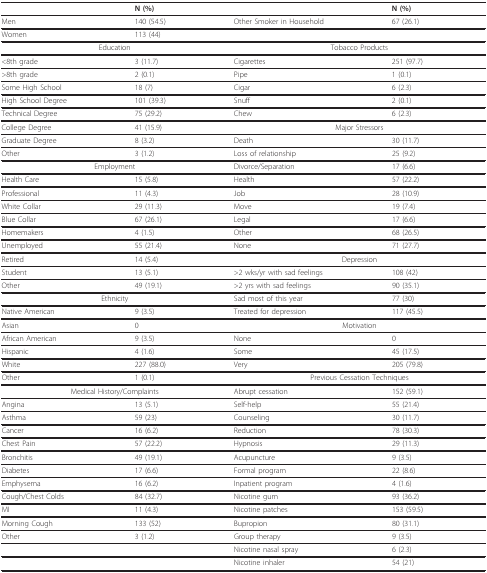
<table><thead><tr><td></td><td><b>N (%)</b></td><td></td><td><b>N (%)</b></td></tr></thead><tbody><tr><td>Men</td><td>140 (54.5)</td><td>Other Smoker in Household</td><td>67 (26.1)</td></tr><tr><td>Women</td><td>113 (44)</td><td></td><td></td></tr><tr><td colspan="2">Education</td><td colspan="2">Tobacco Products</td></tr><tr><td>&lt;8th grade</td><td>3 (11.7)</td><td>Cigarettes</td><td>251 (97.7)</td></tr><tr><td>&gt;8th grade</td><td>2 (0.1)</td><td>Pipe</td><td>1 (0.1)</td></tr><tr><td>Some High School</td><td>18 (7)</td><td>Cigar</td><td>6 (2.3)</td></tr><tr><td>High School Degree</td><td>101 (39.3)</td><td>Snuff</td><td>2 (0.1)</td></tr><tr><td>Technical Degree</td><td>75 (29.2)</td><td>Chew</td><td>6 (2.3)</td></tr><tr><td>College Degree</td><td>41 (15.9)</td><td colspan="2">Major Stressors</td></tr><tr><td>Graduate Degree</td><td>8 (3.2)</td><td>Death</td><td>30 (11.7)</td></tr><tr><td>Other</td><td>3 (1.2)</td><td>Loss of relationship</td><td>25 (9.2)</td></tr><tr><td colspan="2">Employment</td><td>Divorce/Separation</td><td>17 (6.6)</td></tr><tr><td>Health Care</td><td>15 (5.8)</td><td>Health</td><td>57 (22.2)</td></tr><tr><td>Professional</td><td>11 (4.3)</td><td>Job</td><td>28 (10.9)</td></tr><tr><td>White Collar</td><td>29 (11.3)</td><td>Move</td><td>19 (7.4)</td></tr><tr><td>Blue Collar</td><td>67 (26.1)</td><td>Legal</td><td>17 (6.6)</td></tr><tr><td>Homemakers</td><td>4 (1.5)</td><td>Other</td><td>68 (26.5)</td></tr><tr><td>Unemployed</td><td>55 (21.4)</td><td>None</td><td>71 (27.7)</td></tr><tr><td>Retired</td><td>14 (5.4)</td><td colspan="2">Depression</td></tr><tr><td>Student</td><td>13 (5.1)</td><td>&gt;2 wks/yr with sad feelings</td><td>108 (42)</td></tr><tr><td>Other</td><td>49 (19.1)</td><td>&gt;2 yrs with sad feelings</td><td>90 (35.1)</td></tr><tr><td colspan="2">Ethnicity</td><td>Sad most of this year</td><td>77 (30)</td></tr><tr><td>Native American</td><td>9 (3.5)</td><td>Treated for depression</td><td>117 (45.5)</td></tr><tr><td>Asian</td><td>0</td><td colspan="2">Motivation</td></tr><tr><td>African American</td><td>9 (3.5)</td><td>None</td><td>0</td></tr><tr><td>Hispanic</td><td>4 (1.6)</td><td>Some</td><td>45 (17.5)</td></tr><tr><td>White</td><td>227 (88.0)</td><td>Very</td><td>205 (79.8)</td></tr><tr><td>Other</td><td>1 (0.1)</td><td colspan="2">Previous Cessation Techniques</td></tr><tr><td colspan="2">Medical History/Complaints</td><td>Abrupt cessation</td><td>152 (59.1)</td></tr><tr><td>Angina</td><td>13 (5.1)</td><td>Self-help</td><td>55 (21.4)</td></tr><tr><td>Asthma</td><td>59 (23)</td><td>Counseling</td><td>30 (11.7)</td></tr><tr><td>Cancer</td><td>16 (6.2)</td><td>Reduction</td><td>78 (30.3)</td></tr><tr><td>Chest Pain</td><td>57 (22.2)</td><td>Hypnosis</td><td>29 (11.3)</td></tr><tr><td>Bronchitis</td><td>49 (19.1)</td><td>Acupuncture</td><td>9 (3.5)</td></tr><tr><td>Diabetes</td><td>17 (6.6)</td><td>Formal program</td><td>22 (8.6)</td></tr><tr><td>Emphysema</td><td>16 (6.2)</td><td>Inpatient program</td><td>4 (1.6)</td></tr><tr><td>Cough/Chest Colds</td><td>84 (32.7)</td><td>Nicotine gum</td><td>93 (36.2)</td></tr><tr><td>MI</td><td>11 (4.3)</td><td>Nicotine patches</td><td>153 (59.5)</td></tr><tr><td>Morning Cough</td><td>133 (52)</td><td>Bupropion</td><td>80 (31.1)</td></tr><tr><td>Other</td><td>3 (1.2)</td><td>Group therapy</td><td>9 (3.5)</td></tr><tr><td></td><td></td><td>Nicotine nasal spray</td><td>6 (2.3)</td></tr><tr><td></td><td></td><td>Nicotine inhaler</td><td>54 (21)</td></tr></tbody></table>